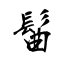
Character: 髷